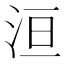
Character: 洹